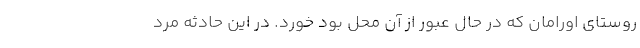
روستای اورامان که در حال عبور از آن محل بود خورد. در این حادثه مرد